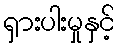
ရှားပါးမှုနှင့်